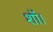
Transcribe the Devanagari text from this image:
शॉ।